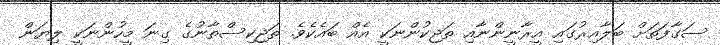
ސަގާފަތަށް ބަލާއިރުގައި އީރާނީންނާއި ތަޖިކުންނަކީ އެއް ބައެކެވެ. ތަޖިކިސްތާނުގެ ގިނަ މީހުންނަކީ ލިޔަން